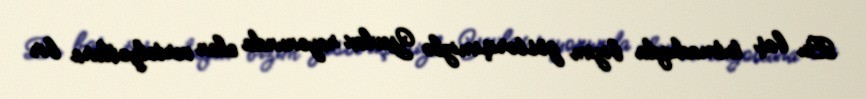
Bu baş tutmadıqda bizim göstərişimizlə Yevlax rayonunda olan vertolyotlara bir